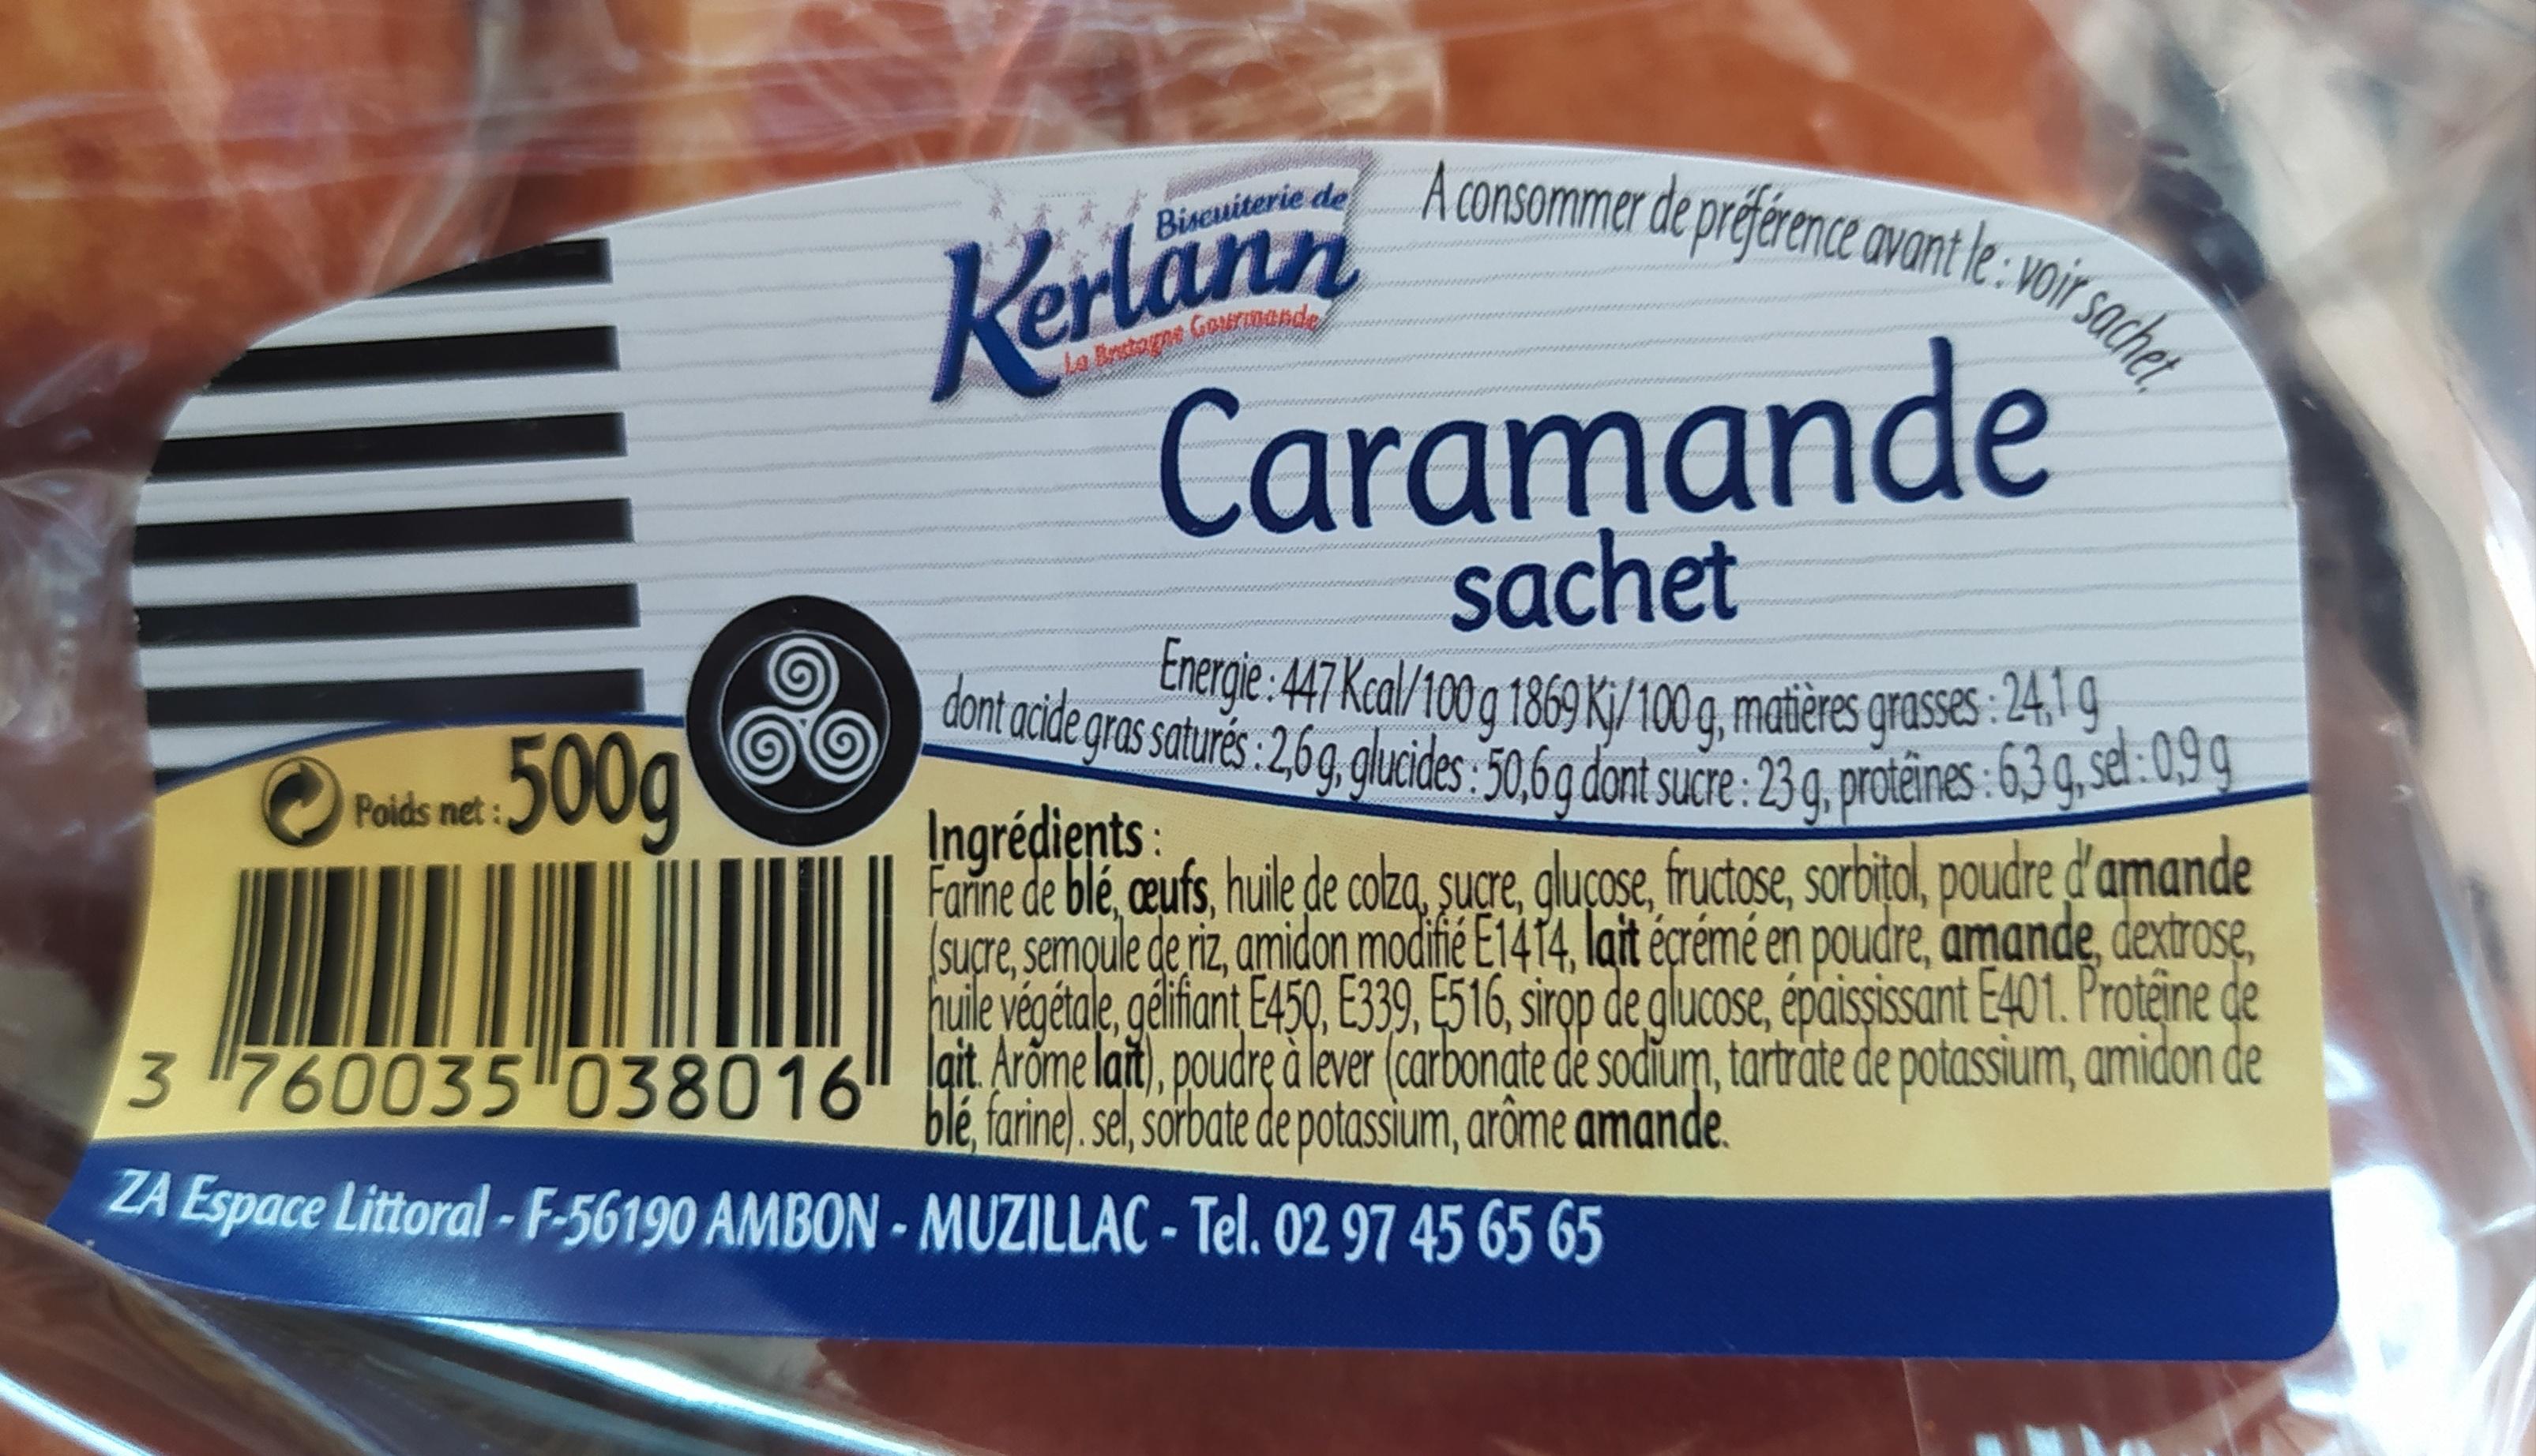
Poids net:
500g
Biscuiterie de
Kerlänn
La Bastogne Gourmande
A consommer de préférence avant le: voir sachet
Caramande
sachet
00000000
dont acide gras saturés: 2,6 g, glucides: 50,6 g dont sucre: 23 q, protéines : 63g, sel:09g Energie: 447 Kcal/100 g 1869 Kj/100 g, matières grasses: 24,1g
Ingrédients:
Fanne de blé, œufs, huile de colza, sucre, glucose, fructose, sorbitol, poudre d'amande (sucre, semoule de riz, amidon modifié E1414, lait écrémé en poudre, amande, dextrose, huile végétale, gélifiant E450, E339, E516, sirop de glucose, épaississant E401. Proteine de ait. Arome laft), poudre à lever (carbonate de sodium, tartrate de potassium, amidon de blé, farine). sel, sorbate de potassium, arôme amande.
3 760035 038016
ZA Espace Littoral-F-56190 AMBON - MUZILLAC - Tel. 02 97 45 65 65